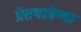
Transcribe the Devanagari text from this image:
प्रेतयात्रेच्या